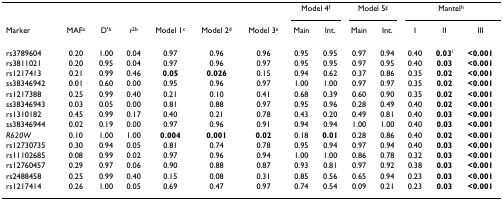
<table><thead><tr><td></td><td></td><td></td><td></td><td></td><td></td><td></td><td colspan="2"><b>Model 4<sup>f</sup></b></td><td colspan="2"><b>Model 5<sup>g</sup></b></td><td colspan="3"><b>Mantel<sup>h</sup></b></td></tr><tr><td><b>Marker</b></td><td><b>MAF<sup>a</sup></b></td><td><b>D&#x27;<sup>b</sup></b></td><td><b><i>r</i><sup>2b</sup></b></td><td><b>Model 1<sup>c</sup></b></td><td><b>Model 2<sup>d</sup></b></td><td><b>Model 3<sup>e</sup></b></td><td><b>Main</b></td><td><b>Int.</b></td><td><b>Main</b></td><td><b>Int.</b></td><td><b>I</b></td><td><b>II</b></td><td><b>III</b></td></tr></thead><tbody><tr><td>rs3789604</td><td>0.20</td><td>1.00</td><td>0.04</td><td>0.97</td><td>0.96</td><td>0.96</td><td>0.95</td><td>0.95</td><td>0.97</td><td>0.94</td><td>0.40</td><td><b>0.03</b><sup>i</sup></td><td><b>&lt;0.001</b></td></tr><tr><td>rs3811021</td><td>0.20</td><td>0.95</td><td>0.04</td><td>0.97</td><td>0.96</td><td>0.97</td><td>0.95</td><td>0.95</td><td>0.97</td><td>0.95</td><td>0.40</td><td><b>0.03</b></td><td><b>&lt;0.001</b></td></tr><tr><td>rs1217413</td><td>0.21</td><td>0.99</td><td>0.46</td><td><b>0.05</b></td><td><b>0.026</b></td><td>0.15</td><td>0.94</td><td>0.62</td><td>0.37</td><td>0.86</td><td>0.35</td><td><b>0.02</b></td><td><b>&lt;0.001</b></td></tr><tr><td>ss38346942</td><td>0.01</td><td>0.60</td><td>0.00</td><td>0.95</td><td>0.96</td><td>0.97</td><td>1.00</td><td>1.00</td><td>0.97</td><td>0.97</td><td>0.35</td><td><b>0.02</b></td><td><b>&lt;0.001</b></td></tr><tr><td>rs1217388</td><td>0.25</td><td>0.99</td><td>0.40</td><td>0.21</td><td>0.10</td><td>0.41</td><td>0.68</td><td>0.39</td><td>0.60</td><td>0.90</td><td>0.35</td><td><b>0.02</b></td><td><b>&lt;0.001</b></td></tr><tr><td>ss38346943</td><td>0.03</td><td>0.05</td><td>0.00</td><td>0.81</td><td>0.88</td><td>0.97</td><td>0.95</td><td>0.96</td><td>0.28</td><td>0.49</td><td>0.40</td><td><b>0.02</b></td><td><b>&lt;0.001</b></td></tr><tr><td>rs1310182</td><td>0.45</td><td>0.99</td><td>0.17</td><td>0.40</td><td>0.21</td><td>0.78</td><td>0.43</td><td>0.20</td><td>0.49</td><td>0.81</td><td>0.40</td><td><b>0.03</b></td><td><b>&lt;0.001</b></td></tr><tr><td>ss38346944</td><td>0.02</td><td>0.19</td><td>0.00</td><td>0.97</td><td>0.96</td><td>0.91</td><td>0.94</td><td>0.94</td><td>1.00</td><td>1.00</td><td>0.40</td><td><b>0.03</b></td><td><b>&lt;0.001</b></td></tr><tr><td><i>R620W</i></td><td>0.10</td><td>1.00</td><td>1.00</td><td><b>0.004</b></td><td><b>0.001</b></td><td><b>0.02</b></td><td>0.18</td><td><b>0.01</b></td><td>0.28</td><td>0.86</td><td>0.40</td><td><b>0.02</b></td><td><b>&lt;0.001</b></td></tr><tr><td>rs12730735</td><td>0.30</td><td>0.94</td><td>0.05</td><td>0.81</td><td>0.74</td><td>0.78</td><td>0.95</td><td>0.94</td><td>0.97</td><td>0.94</td><td>0.40</td><td><b>0.03</b></td><td><b>&lt;0.001</b></td></tr><tr><td>rs11102685</td><td>0.08</td><td>0.99</td><td>0.02</td><td>0.97</td><td>0.96</td><td>0.94</td><td>1.00</td><td>1.00</td><td>0.86</td><td>0.78</td><td>0.32</td><td><b>0.03</b></td><td><b>&lt;0.001</b></td></tr><tr><td>rs12760457</td><td>0.29</td><td>0.97</td><td>0.06</td><td>0.90</td><td>0.88</td><td>0.87</td><td>0.93</td><td>0.81</td><td>0.97</td><td>0.92</td><td>0.38</td><td><b>0.03</b></td><td><b>&lt;0.001</b></td></tr><tr><td>rs2488458</td><td>0.25</td><td>0.99</td><td>0.40</td><td>0.15</td><td>0.08</td><td>0.31</td><td>0.85</td><td>0.56</td><td>0.65</td><td>0.94</td><td>0.23</td><td><b>0.03</b></td><td><b>&lt;0.001</b></td></tr><tr><td>rs1217414</td><td>0.26</td><td>1.00</td><td>0.05</td><td>0.69</td><td>0.47</td><td>0.97</td><td>0.74</td><td>0.54</td><td>0.09</td><td>0.21</td><td>0.23</td><td><b>0.03</b></td><td><b>&lt;0.001</b></td></tr></tbody></table>